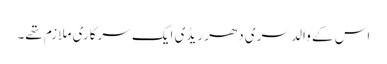
اس کے والد سری دھر ریڈی ایک سرکاری ملازم تھے۔